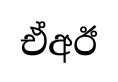
ඒඅඊ